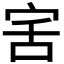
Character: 𭓯